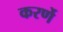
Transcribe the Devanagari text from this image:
करर्णे